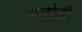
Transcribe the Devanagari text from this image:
वेलोडी